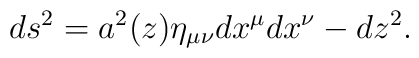
ds^2=a^2(z)\eta_{\mu\nu}dx^{\mu}dx^{\nu}-dz^2.